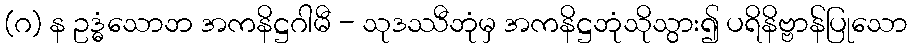
(ဂ) န ဥဒ္ဓံသောဘ အကနိဋ္ဌဂါမီ - သုဒဿီဘုံမှ အကနိဋ္ဌဘုံသိုသွား၍ ပရိနိဗ္ဗာန်ပြုသော